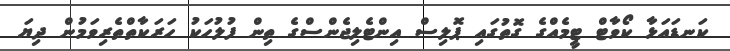
ކަނޑައަޅާ ކޯވާޓް ޓީމެއްގެ ގޮތުގައި ޕޮލިސް އިންޓެލިޖެންސްގެ ތިން ފުލުހަކު ހަރަކާތްތެރިވަމުން ދިޔަ